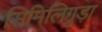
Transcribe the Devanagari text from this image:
सिमिलिगुड़ा